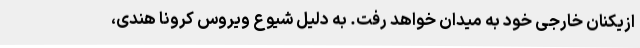
ازیکنان خارجی خود به میدان خواهد رفت. به دلیل شیوع ویروس کرونا هندی،